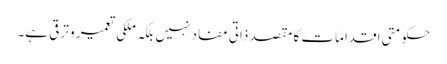
حکومتی اقدامات کا مقصد ذاتی مفاد نہیں بلکہ ملکی تعمیر و ترقی ہے۔